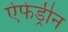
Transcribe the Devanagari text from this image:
ऐफेड्रीन